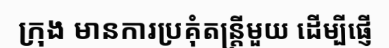
ក្រុង មានការប្រគុំតន្ត្រីមួយ ដើម្បីផ្ញើ